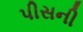
પીસની